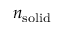
\boldsymbol { n } _ { \mathrm { { s o l i d } } }